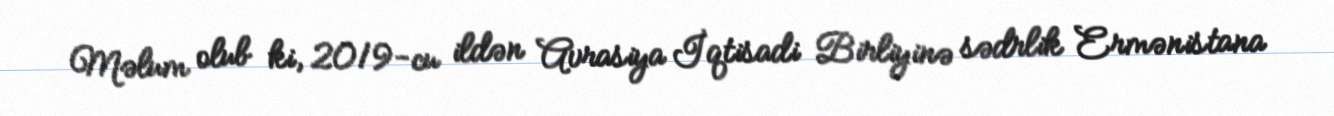
Məlum olub ki, 2019-cu ildən Avrasiya İqtisadi Birliyinə sədrlik Ermənistana